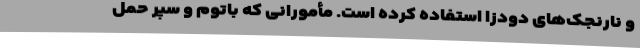
و نارنجک‌های دودزا استفاده کرده است. مأمورانی که باتوم و سپر حمل